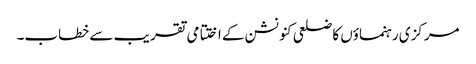
مرکزی رہنماؤں کا ضلعی کنونشن کے اختتامی تقر یب سے خطاب۔